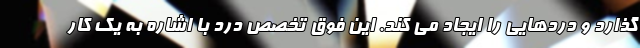
گذارد و دردهایی را ایجاد می کند. این فوق تخصص درد با اشاره به یک کار